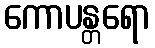
ကောပန္တရော